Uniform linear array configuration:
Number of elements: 64
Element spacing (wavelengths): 0.25
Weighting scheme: blackman
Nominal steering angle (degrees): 15
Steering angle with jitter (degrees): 16.085
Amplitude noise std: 0.05
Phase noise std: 0.05

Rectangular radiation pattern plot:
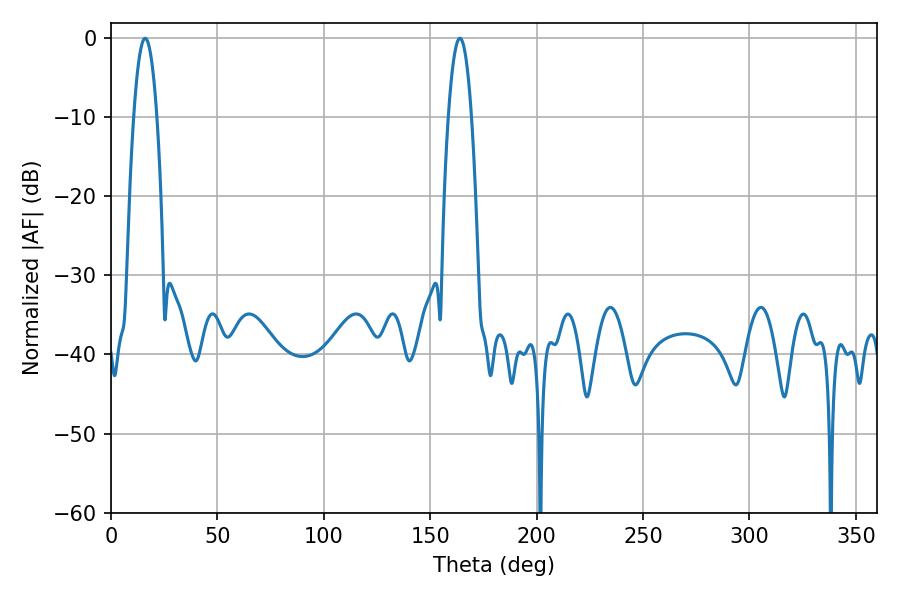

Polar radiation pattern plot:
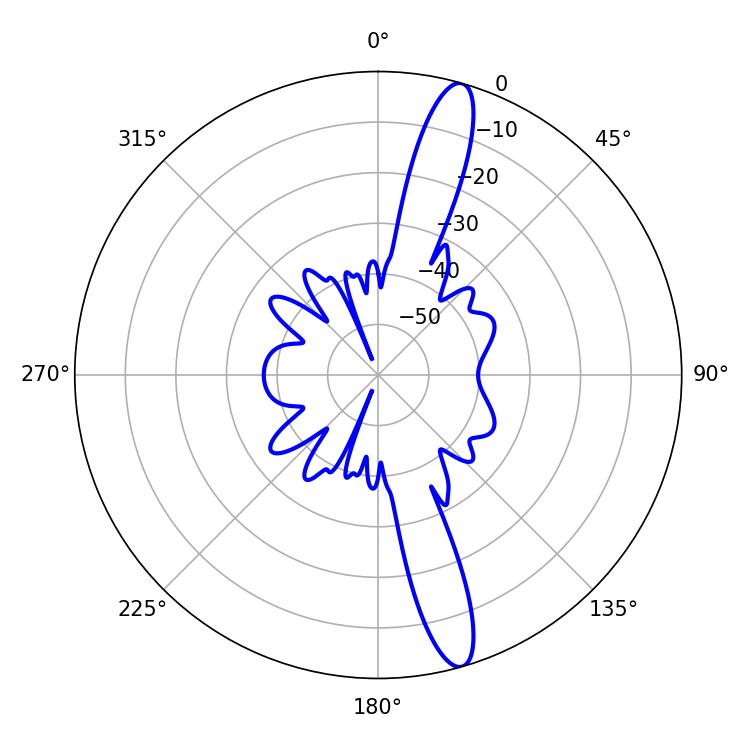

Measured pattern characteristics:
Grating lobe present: FALSE
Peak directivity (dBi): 15.043
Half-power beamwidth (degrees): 5.94
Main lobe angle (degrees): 16.02